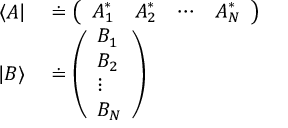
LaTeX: \begin{array} { r l } { \langle A | } & { { } \doteq { \left( \begin{array} { l l l l } { A _ { 1 } ^ { * } } & { A _ { 2 } ^ { * } } & { \cdots } & { A _ { N } ^ { * } } \end{array} \right) } } \\ { | B \rangle } & { { } \doteq { \left( \begin{array} { l } { B _ { 1 } } \\ { B _ { 2 } } \\ { \vdots } \\ { B _ { N } } \end{array} \right) } } \end{array}